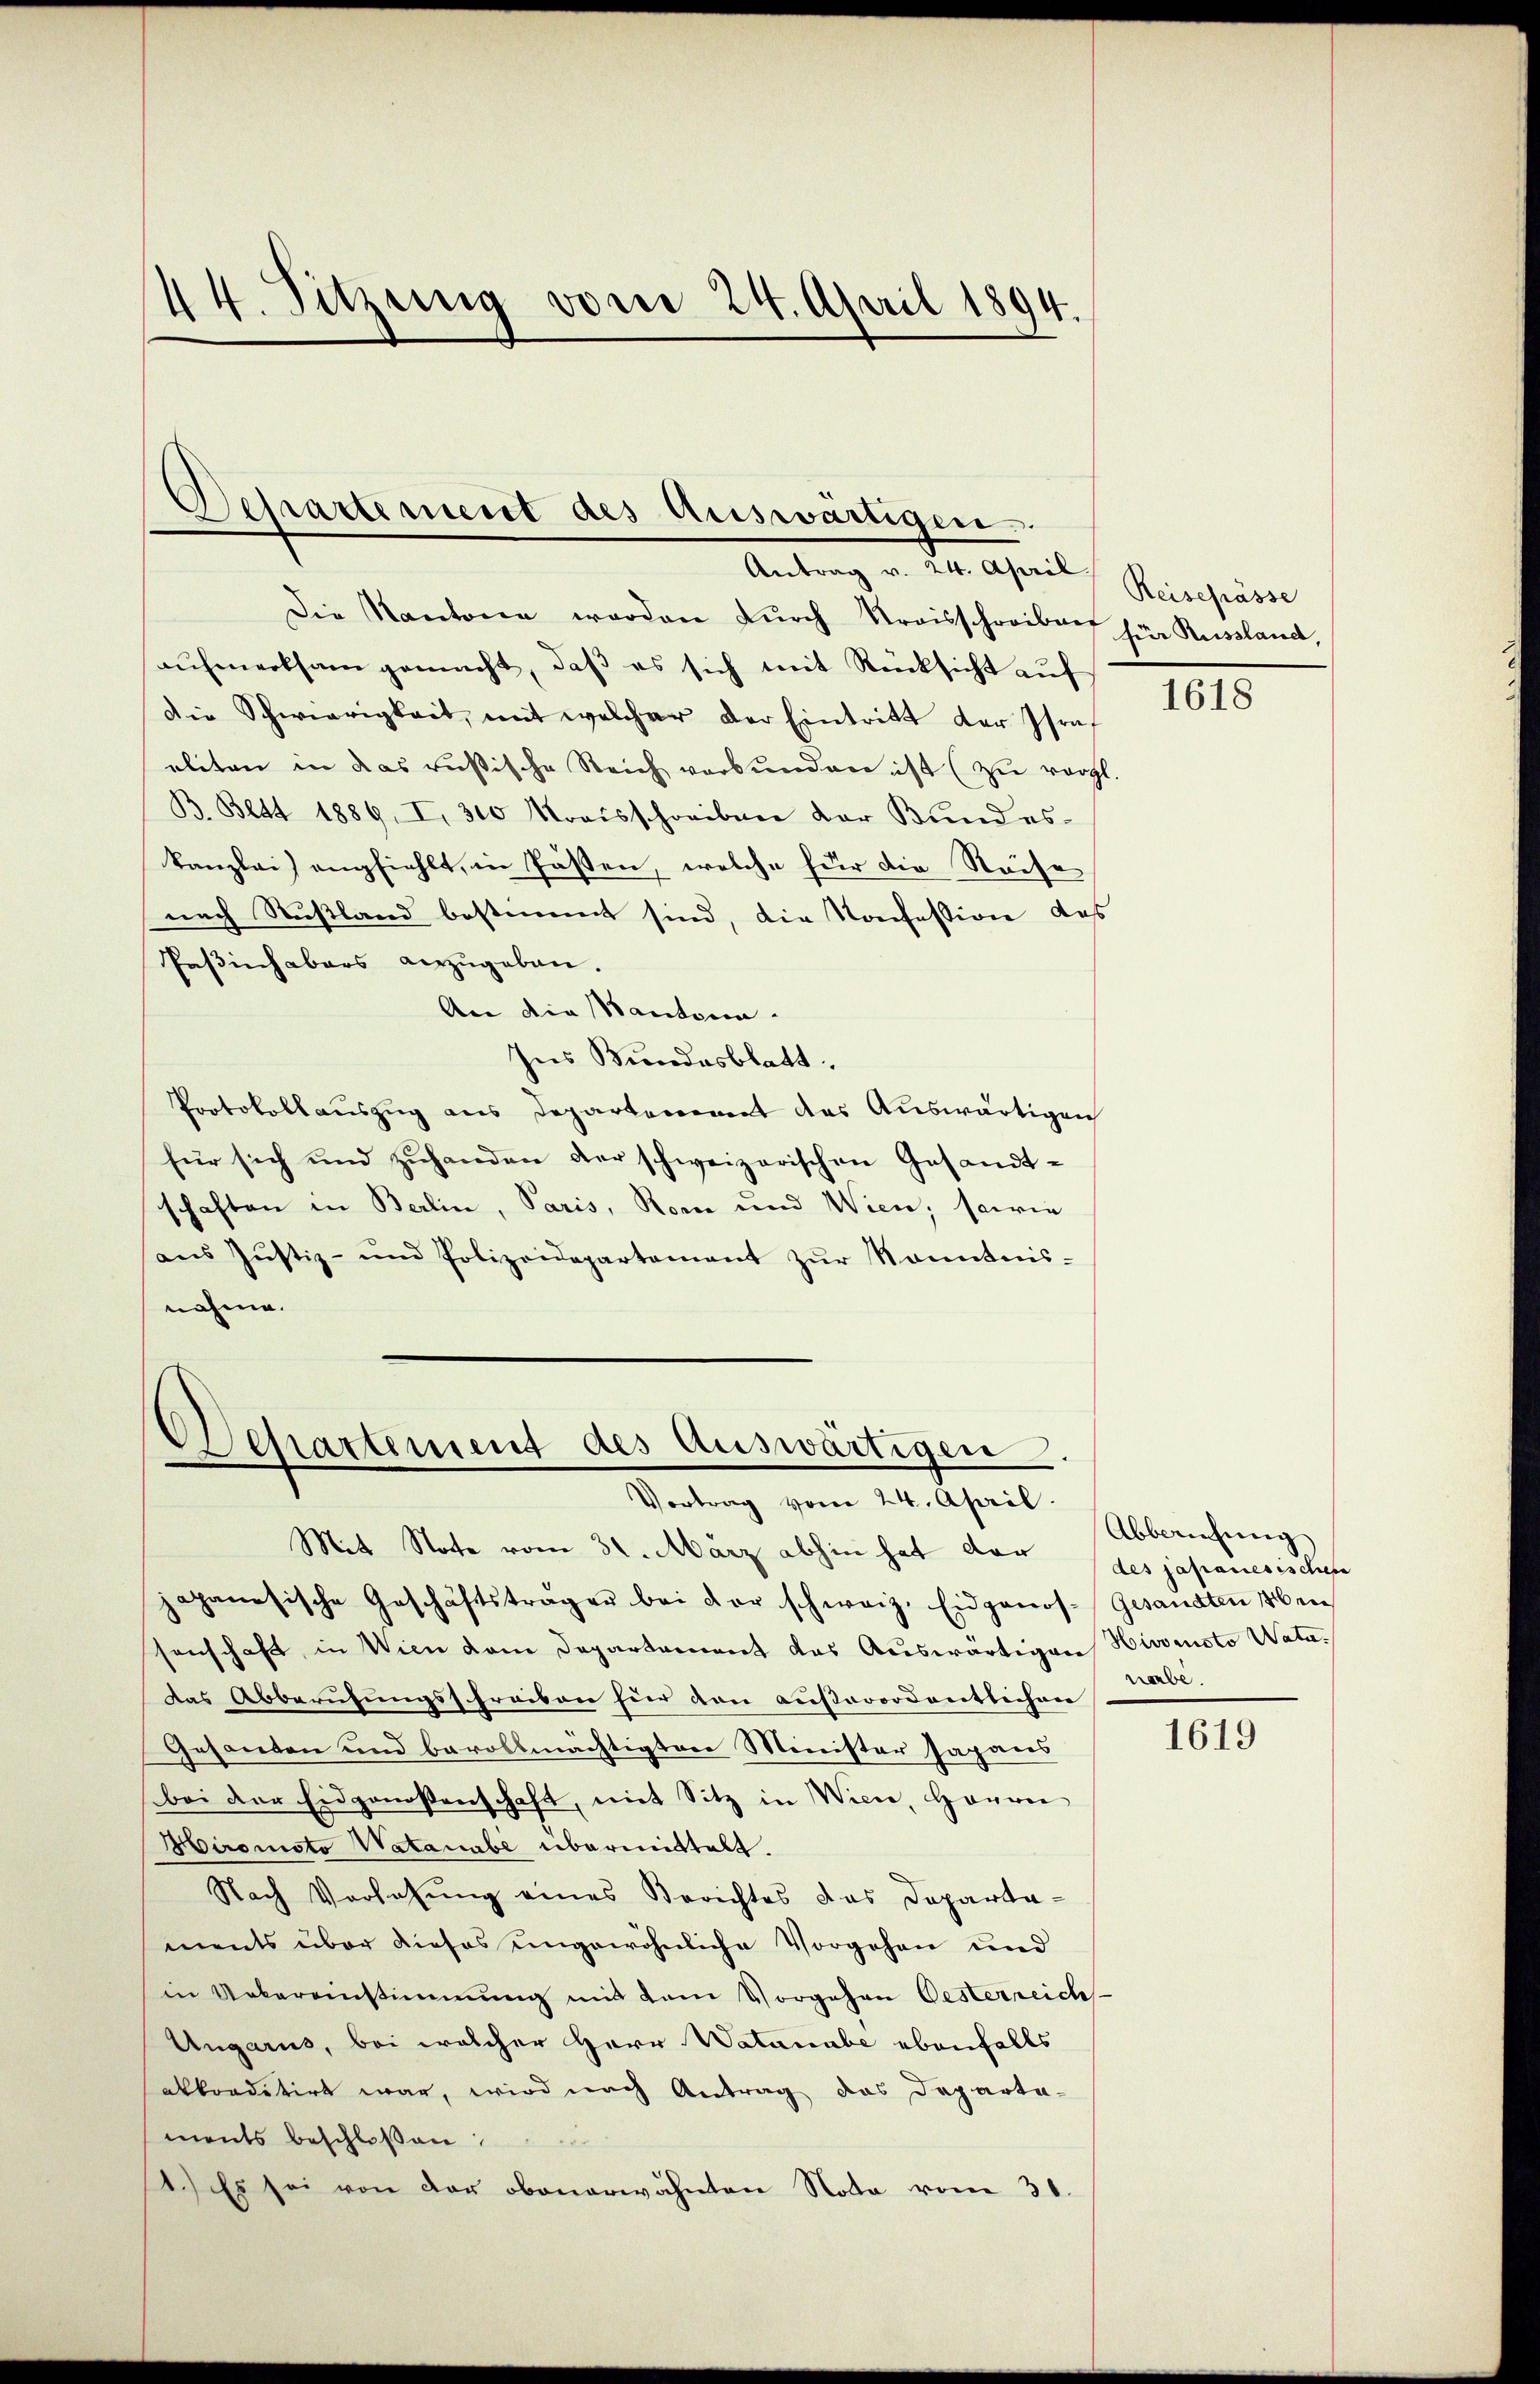
Die Kantone werden durch Kreisschreiben für Russland,
aŭfmerksam gemacht, daβ es sich mit Rücksicht aŭf
Die Schwierigkeit, mit welcher der Eintritt der Israf
aliten in das rusische Reich verbunden ist (zu vergl.
B. Bett 1889. I. 300 Kreisschreiben der Bundes-
kanzlei empfiehlt, in Füssen, welche für die Reise
nach Rußland bestimmt sind, die Konfession das
Paßinhabers anzŭgeben.
An die Kantona¬
Ins Bundesblatt.
Protokollauszug aus Departement des Auswärtigen
für sich und zŭhanden der schweizerischen Gesandtschaften in Berlin, Paris, Rome und Wien, sowie
aŭs Jŭstiz- und Polizeidepartement zŭr Sonntnis-
nahme.

44. Sitzung vom 24. April 1894

Departement des Auswärtigen.
Antrag in Staatsant, Steinheim

Departement des Auswärtigen.
Vortrag vom 24. April.

Mit Statte vom 31. März abhin hat der
japanesische Geschäftsträger bei der schweiz. Eidgenos- Gesandten Men
senschaft, in Wien dem Departement das Auswärtigen Hivorsto Watadas Abberufungsfreiben für von außerordentlichen
Gesanten und bevollmächtigten Minister sapans
bei der Eidgenossenschaft, mit Sitz in Wien, Herrei
Hironoto Watanabe übermittelt.
Nach Vorlesung eines Berichtes das Departa-
ments über dieses eingewöhnliche Vorgehen und
in Uebereinstimmung und dem Vorgehen Oesterreich
Ungarus, bei welcher Herr Watanabe ebenfalls
alkonditirt war, wird nach Antrag das Departa-
ments beschloßen:
e
1.) Es sei von der obenerwähnten Nota vom 31.

1618

Abbeziehung
des japanesischen
nabe.

1619